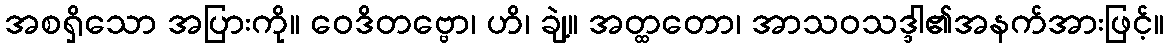
အစရှိသော အပြားကို။ ဝေဒိတဗ္ဗော၊ ဟိ၊ ချဲ့။ အတ္ထတော၊ အာသဝသဒ္ဒါ၏အနက်အားဖြင့်။